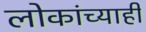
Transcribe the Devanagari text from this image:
लोकांच्याही